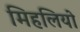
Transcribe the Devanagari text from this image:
मिहलियो